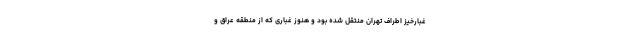
غبارخیز اطراف تهران منتقل شده بود و هنوز غباری که از منطقه عراق و